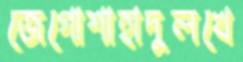
জেগোশাহাদুলখে